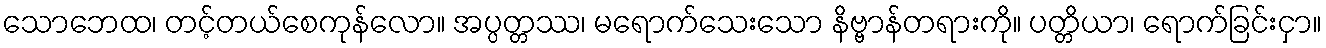
သောဘေထ၊ တင့်တယ်စေကုန်လော။ အပ္ပတ္တဿ၊ မရောက်သေးသော နိဗ္ဗာန်တရားကို။ ပတ္တိယာ၊ ရောက်ခြင်းငှာ။